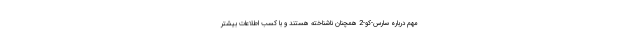
مهم درباره سارس-کو-2 همچنان ناشناخته هستند و با کسب اطلاعات بیشتر